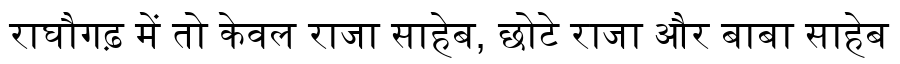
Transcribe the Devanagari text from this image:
राघौगढ़ में तो केवल राजा साहेब, छोटे राजा और बाबा साहेब